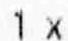
1 X